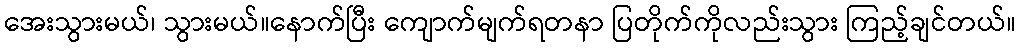
အေးသွားမယ်၊ သွားမယ်။နောက်ပြီး ကျောက်မျက်ရတနာ ပြတိုက်ကိုလည်းသွား ကြည့်ချင်တယ်။